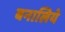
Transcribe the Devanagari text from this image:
बनालिये